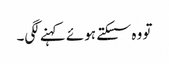
تو وہ سسکتے ہوئے کہنے لگی۔